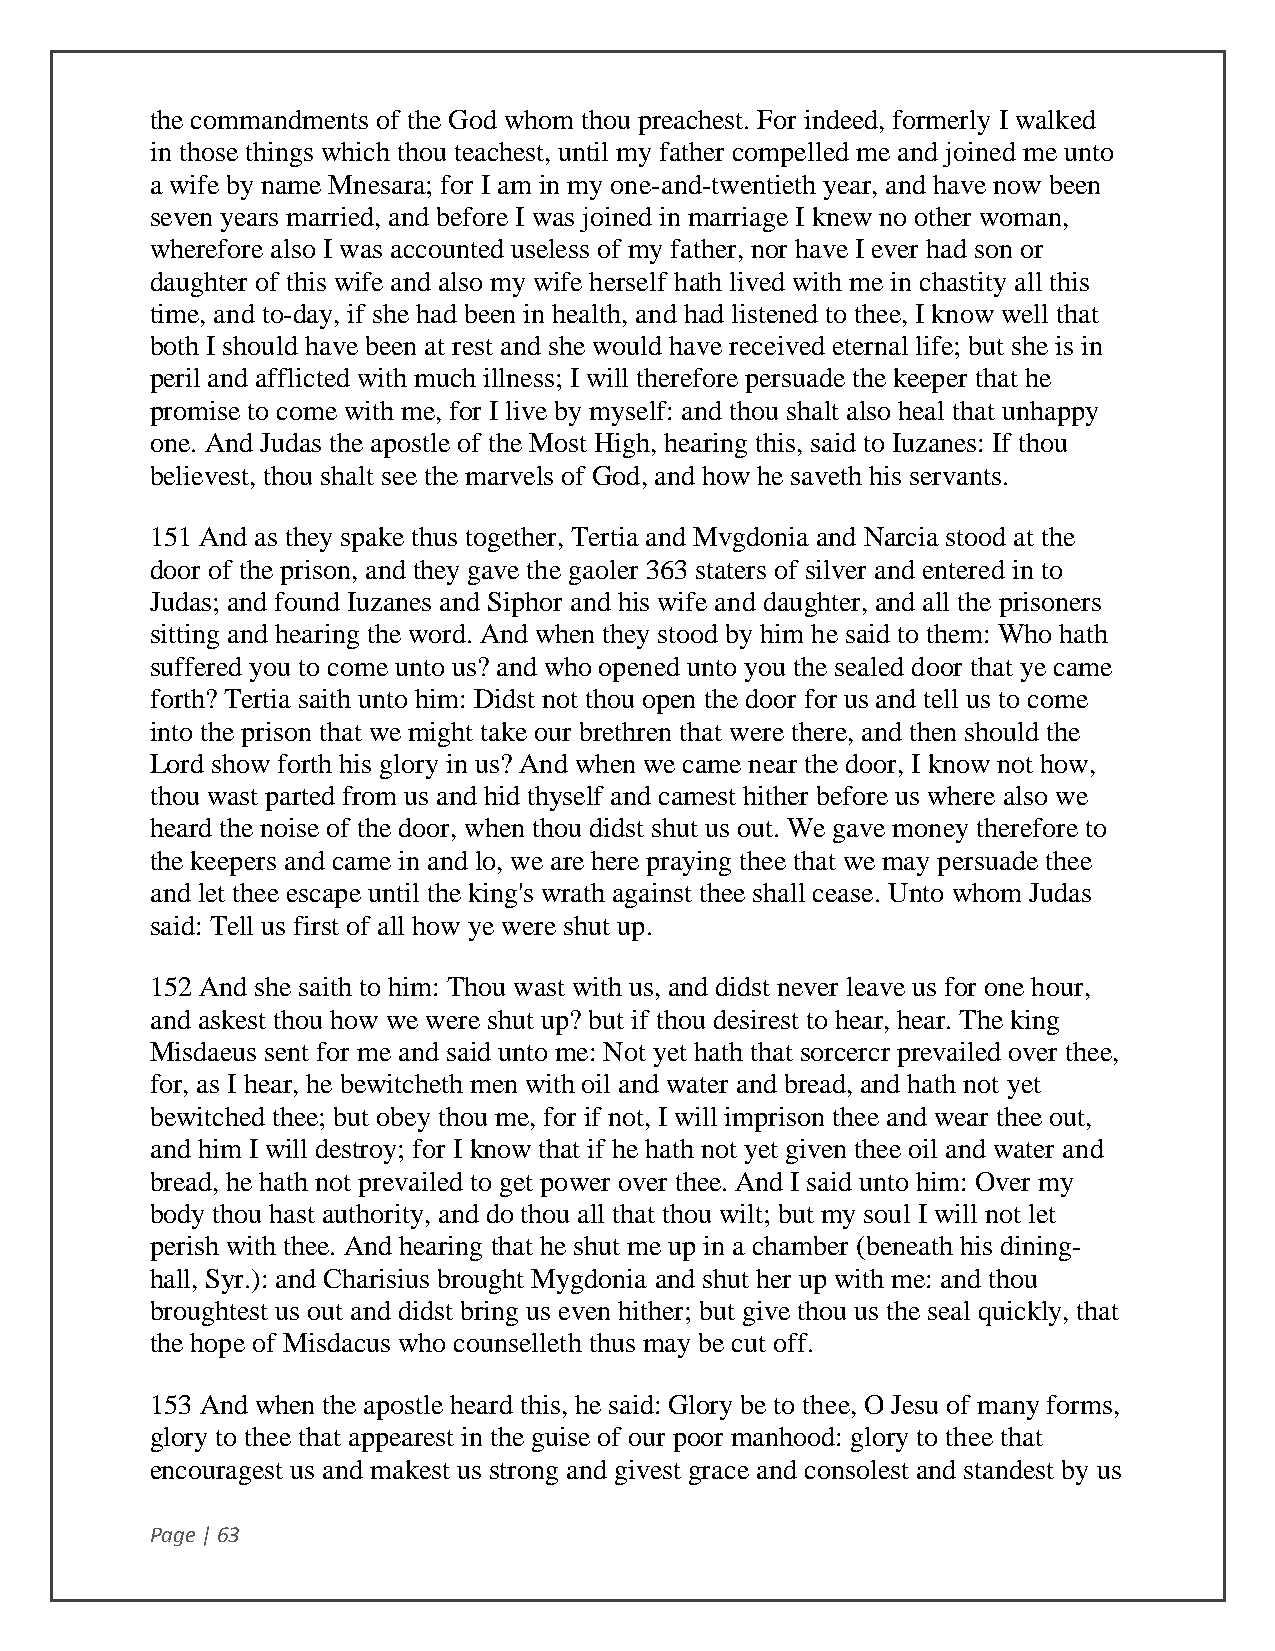
the commandments of the God whom thou preachest. For indeed, formerly I walked
 in those things which thou teachest, until my father compelled me and joined me unto
 a wife by name Mnesara; for I am in my one-and-twentieth year, and have now been
 seven years married, and before I was joined in marriage I knew no other woman,
 wherefore also I was accounted useless of my father, nor have I ever had son or
 daughter of this wife and also my wife herself hath lived with me in chastity all this
 time, and to-day, if she had been in health, and had listened to thee, I know well that
 both I should have been at rest and she would have received eternal life; but she is in
 peril and afflicted with much illness; I will therefore persuade the keeper that he
 promise to come with me, for I live by myself: and thou shalt also heal that unhappy
 one. And Judas the apostle of the Most High, hearing this, said to Iuzanes: If thou
 believest, thou shalt see the marvels of God, and how he saveth his servants.
 151 And as they spake thus together, Tertia and Mvgdonia and Narcia stood at the
 door of the prison, and they gave the gaoler 363 staters of silver and entered in to
 Judas; and found Iuzanes and Siphor and his wife and daughter, and all the prisoners
 sitting and hearing the word. And when they stood by him he said to them: Who hath
 suffered you to come unto us? and who opened unto you the sealed door that ye came
 forth? Tertia saith unto him: Didst not thou open the door for us and tell us to come
 into the prison that we might take our brethren that were there, and then should the
 Lord show forth his glory in us? And when we came near the door, I know not how,
 thou wast parted from us and hid thyself and camest hither before us where also we
 heard the noise of the door, when thou didst shut us out. We gave money therefore to
 the keepers and came in and lo, we are here praying thee that we may persuade thee
 and let thee escape until the king's wrath against thee shall cease. Unto whom Judas
 said: Tell us first of all how ye were shut up.
 152 And she saith to him: Thou wast with us, and didst never leave us for one hour,
 and askest thou how we were shut up? but if thou desirest to hear, hear. The king
 Misdaeus sent for me and said unto me: Not yet hath that sorcercr prevailed over thee,
 for, as I hear, he bewitcheth men with oil and water and bread, and hath not yet
 bewitched thee; but obey thou me, for if not, I will imprison thee and wear thee out,
 and him I will destroy; for I know that if he hath not yet given thee oil and water and
 bread, he hath not prevailed to get power over thee. And I said unto him: Over my
 body thou hast authority, and do thou all that thou wilt; but my soul I will not let
 perish with thee. And hearing that he shut me up in a chamber (beneath his dining-
 hall, Syr.): and Charisius brought Mygdonia and shut her up with me: and thou
 broughtest us out and didst bring us even hither; but give thou us the seal quickly, that
 the hope of Misdacus who counselleth thus may be cut off.
 153 And when the apostle heard this, he said: Glory be to thee, O Jesu of many forms,
 glory to thee that appearest in the guise of our poor manhood: glory to thee that
 encouragest us and makest us strong and givest grace and consolest and standest by us
 Page | 63